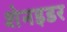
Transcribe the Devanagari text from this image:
शेनइडर